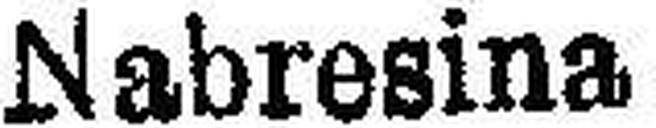
Nabresina